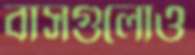
বাসগুলোও